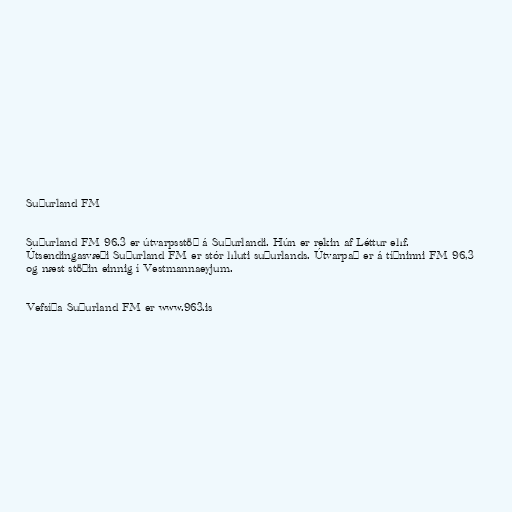
Suðurland FM

Suðurland FM 96.3 er útvarpsstöð á Suðurlandi. Hún er rekin af Léttur ehf.
Útsendingasvæði Suðurland FM er stór hluti suðurlands. Útvarpað er á tíðninni FM 96,3
og næst stöðin einnig í Vestmannaeyjum.

Vefsíða Suðurland FM er www.963.is